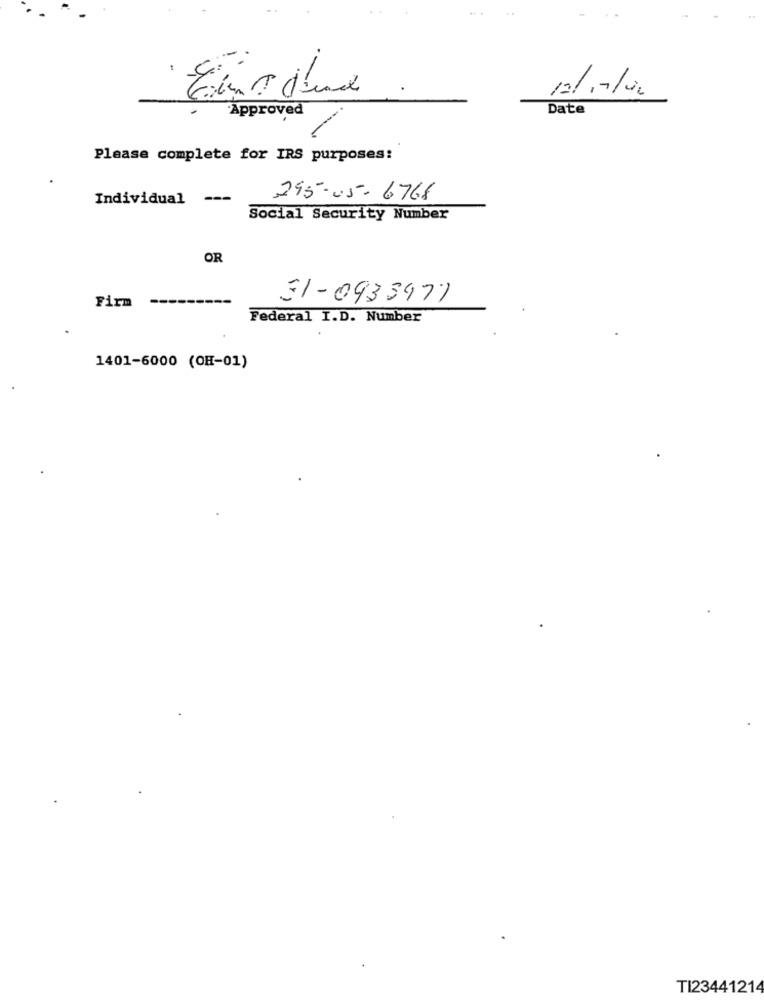
.
12/11/00
Approved
Date
Please complete for IRS purposes:
Individual ---
295-05-6768
Social Security Number
OR
---------
31-0933971
Firm
Federal I.D. Number
1401-6000 (OH-01)
TI23441214